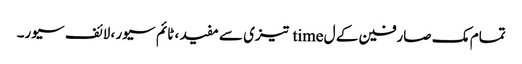
تمام مک صارفین کے ل time تیزی سے مفید ، ٹائم سیور ، لائف سیور۔